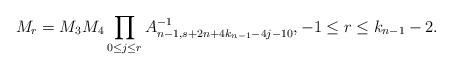
LaTeX: \begin{align*}M_r =M_3 M_4 \prod_{0 \leq j \leq r}A^{-1}_{n-1,s+2n+4k_{n-1}-4j-10}, -1\leq r \leq k_{n-1}-2.\end{align*}